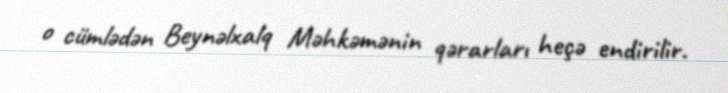
o cümlədən Beynəlxalq Məhkəmənin qərarları heçə endirilir.